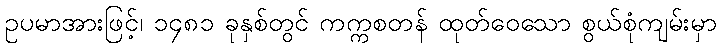
ဥပမာအားဖြင့်၊ ၁၄၈၁ ခုနှစ်တွင် ကက္ကစတန် ထုတ်ဝေသော စွယ်စုံကျမ်းမှာ